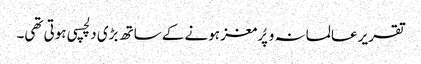
تقریر عالمانہ و پُرمغز ہونے کے ساتھ بڑی دلچسپی ہوتی تھی۔